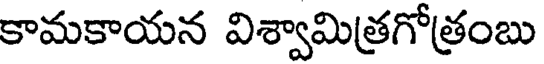
కామకాయన విశ్వామిత్రగోత్రంబు